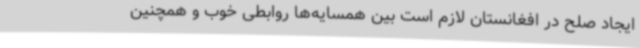
ایجاد صلح در افغانستان لازم است بین همسایه‌ها روابطی خوب و همچنین